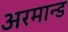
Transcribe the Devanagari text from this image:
अरमान्ड